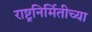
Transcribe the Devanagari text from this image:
राष्ट्रनिर्मितीच्या